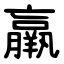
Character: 羸